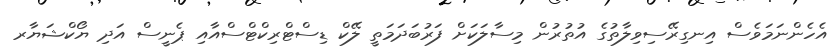
އެހެންނަމަވެސް އިނގިރޭސިވިލާތުގެ އުތުރުން މިސާލަކަށް ފަރުބަދަމަތީ ލޭކް ޑިސްޓްރިކްޓްސްއާއި ޕެނީސް އަދި ޔޯކްޝަޔާރ